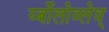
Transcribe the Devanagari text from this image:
र्य्बोलोव्लेव्